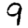
Digit: 9